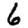
Digit: 6